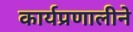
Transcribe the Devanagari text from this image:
कार्यप्रणालीने